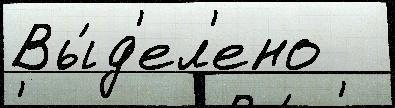
Вы́д'ел'ено